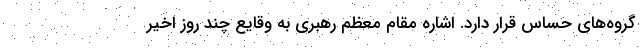
گروه‌های حساس قرار دارد. اشاره مقام معظم رهبری به وقایع چند روز اخیر